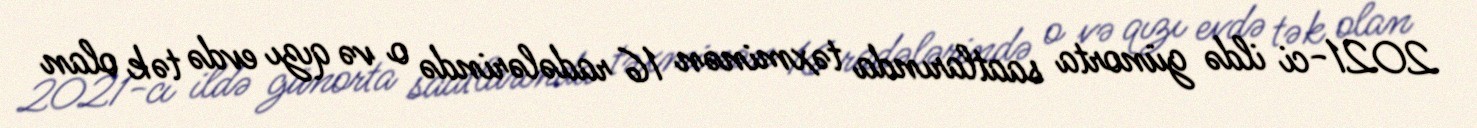
2021-ci ildə günorta saatlarında təxminən 16 radələrində o və qızı evdə tək olan